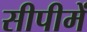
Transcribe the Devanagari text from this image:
सीपीमें